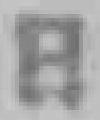
日